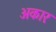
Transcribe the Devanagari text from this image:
अकारः